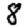
Digit: 8